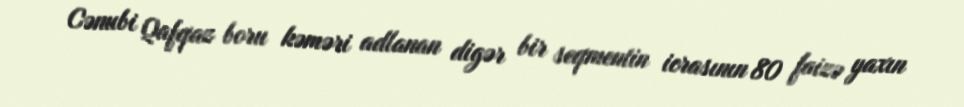
Cənubi Qafqaz boru kəməri adlanan digər bir seqmentin icrasının 80 faizə yaxın